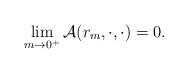
LaTeX: \begin{align*} \lim\limits_{m\rightarrow 0^+} \mathcal{A}(r_m,\cdot,\cdot)=0.\end{align*}